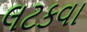
લટકવા